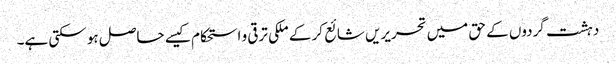
دہشت گردوں کے حق میں تحریریں شائع کر کے ملکی ترقی و استحکام کیسے حاصل ہو سکتی ہے۔